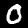
Label: 0